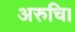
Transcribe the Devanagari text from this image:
अरुचि।